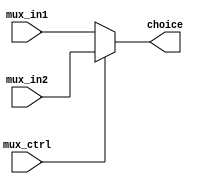
module MUX2x1_5b(choice, mux_in1, mux_in2, mux_ctrl);

    output  [4:0]   choice;
    input   [4:0]   mux_in1, mux_in2;
    input           mux_ctrl;

    assign choice = mux_ctrl? mux_in2 : mux_in1;

endmodule